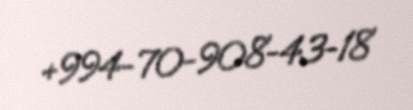
+994-70-908-43-18